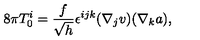
8 \pi T _ { 0 } ^ { i } = \frac { f } { \sqrt { h } } \epsilon ^ { i j k } ( \nabla _ { j } v ) ( \nabla _ { k } a ) ,